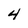
Character: 4